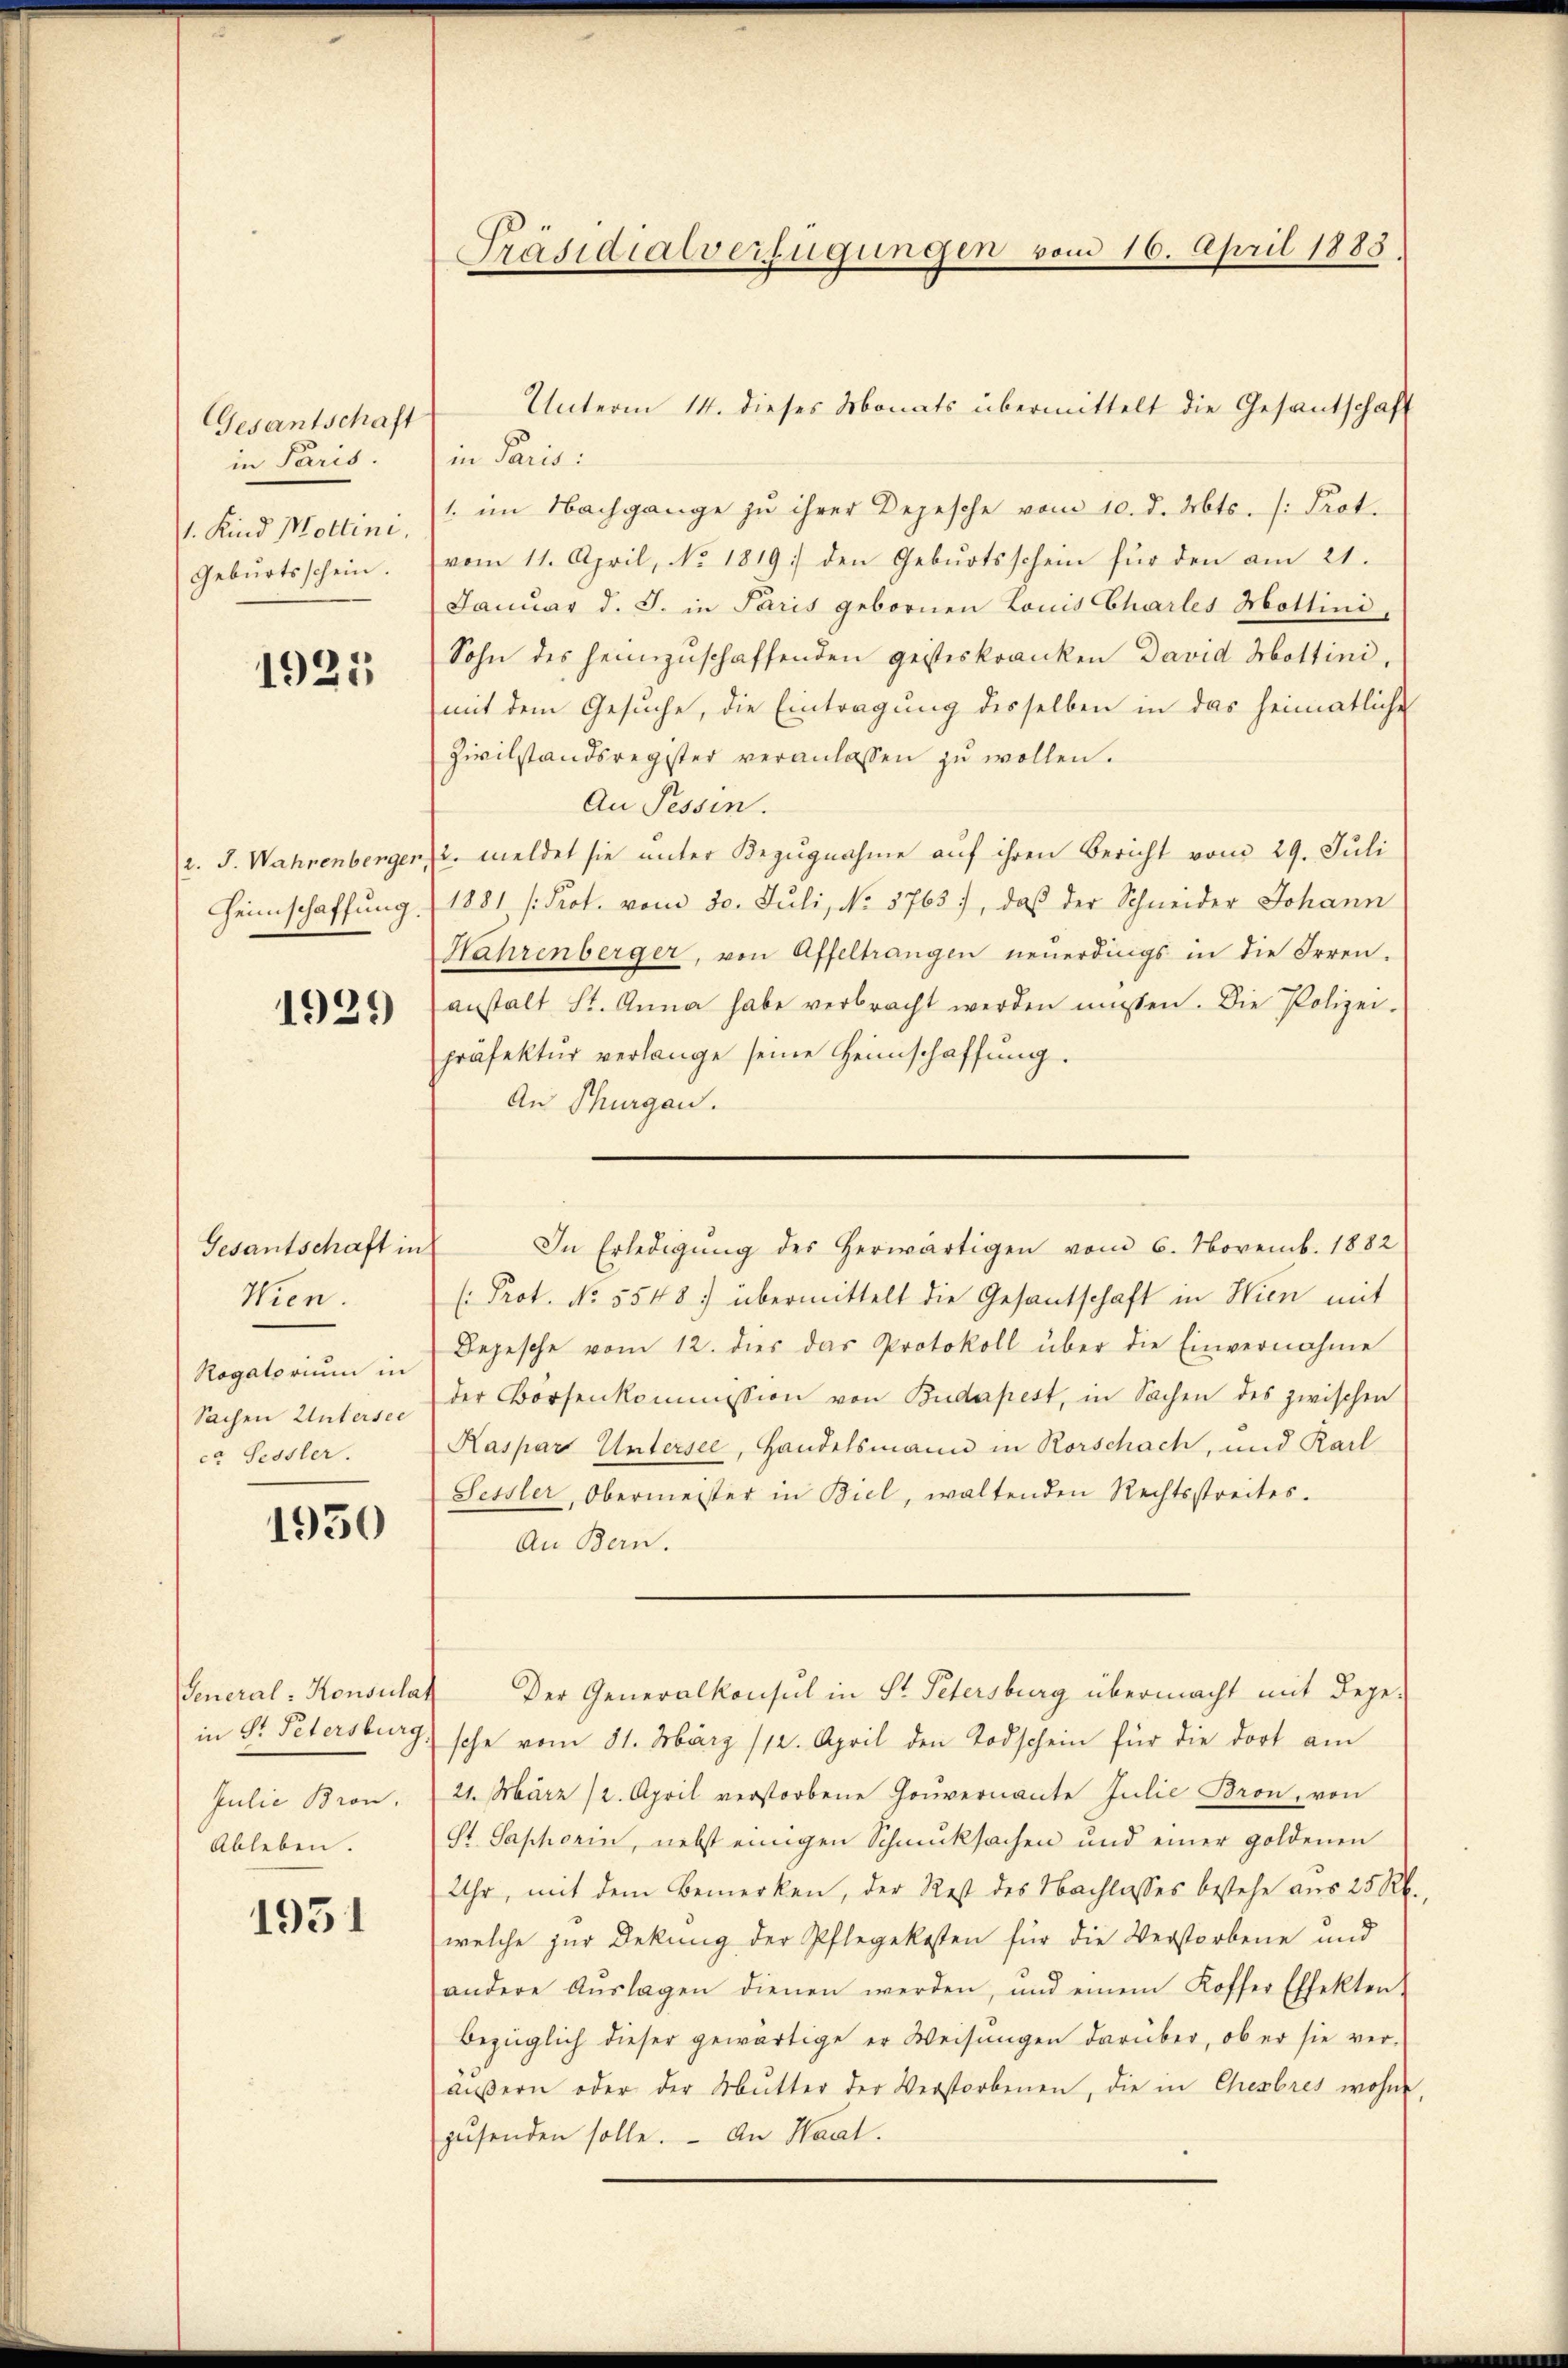
Gesantschaft
in Paris.
. Kind Mottini,
Geburtsschein.

1925

(2. J. Wahrenberger
Heimschaffung.

1929

Gesantschaft in
Wien.
Rogatorium in
Sachen Untersee
ca Sessler.

1930

General - Konsulat
in Dr. Petersburg
Julie Bron.
Ableben.

1951

Präsidialverfügungen vom 16. April 1883.

in Parisi
1. im Nachgange zu ihrer Depesche vom 10. d. Mts. /: Prot.
vom 11. April, No. 1819. den Geburtsschein für den am 21.
Januar d. J. in Paris gebornen Louis Charles Hottini
Sohn des heimzuschaffenden geisteskranken David Hottini,
mit dem Gesuche, die Eintragung desselben in das heimatliche
Zivilstandsregister veranlassen zu wollen.
An Tessin.
u. meldet sie unter Bezugnahme auf ihren Bericht vom 29. Juli
1881 [Prot. vom 30. Juli, No. 5763), daß der Schneider Johann
Hahrenberger, von Affeltrangen neuerdings in die Irren-
anstalt St. Anna habe verbracht werden müssen. Die Polizei-
präfektŭr verlange seine Heimschaffŭng.
An Thurgau.
( Prot. No. 5548 übermittelt die Gesantschaft in Hien mit
Depesche vom 12. dies das Protokoll über die Einvernahme
der Börsenkommission von Budapest, in Sachen des zwischen
Kaspar Untersee, Handelsmann in Rorschach, und Karl
Sessler, Obermeister in Biel, waltenden Rechtsstreites.
An Bern.
Der Generalkonsul in St. Petersburg übermacht mit Dege-
sche vom 31. März 112. April den Todschein für die dort am
21. März (2. April verstorbene Gouvernante Julie Bron, von
St. Saphorin, nebst einigen Schmucksachen und einer goldenen
Uhr, mit dem Bemerken, der Rest des Nachlasses bestehe aus 25 Rb
welche zur Dekung der Pflegekosten für die Verstorbene und
andere Aŭslagen dienen werden, und einem Koffer Effekten
bezüglich dieser gewärtige er Weisungen darüber, ob er sie ver-
äŭβern oder der Mutter der Verstorbenen, die in Chesbres wohne
gŭsenden solle. An Haal.

Unterm 14. dieses Monats übermittelt die Gesantschaft

In Erledigŭng des herwärtigen vom 6. Novemb. 1882